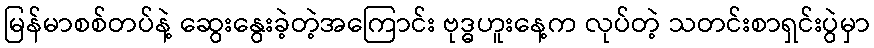
မြန်မာစစ်တပ်နဲ့ ဆွေးနွေးခဲ့တဲ့အကြောင်း ဗုဒ္ဓဟူးနေ့က လုပ်တဲ့ သတင်းစာရှင်းပွဲမှာ